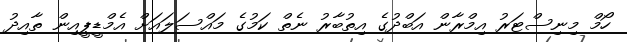
ހޯމް މިނިސްޓަރު އިމްރާން އަބްދުގެ އިތުބާރު ނެތް ކަމުގެ މައްސަލައަށް އެމްޑީޕީއިން ތާއިދު